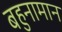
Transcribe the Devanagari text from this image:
बहुनामान